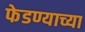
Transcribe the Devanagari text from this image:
फेडण्याच्या